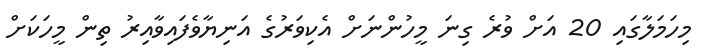
މިހަމަލާގައި 20 އަށް ވުރެ ގިނަ މީހުންނަށް އެކިވަރުގެ އަނިޔާވެފައިވާއިރު ތިން މީހަކަށް